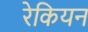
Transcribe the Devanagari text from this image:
रेकियन